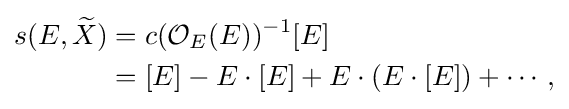
{\begin{aligned}s(E,{\widetilde {X}})&=c({\mathcal {O}}_{E}(E))^{-1}[E]\\&=[E]-E\cdot [E]+E\cdot (E\cdot [E])+\cdots ,\end{aligned}}